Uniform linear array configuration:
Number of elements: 24
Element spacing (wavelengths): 0.25
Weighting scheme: exponential
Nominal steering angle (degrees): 0
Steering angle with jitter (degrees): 1.548
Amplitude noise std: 0.05
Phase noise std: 0.05

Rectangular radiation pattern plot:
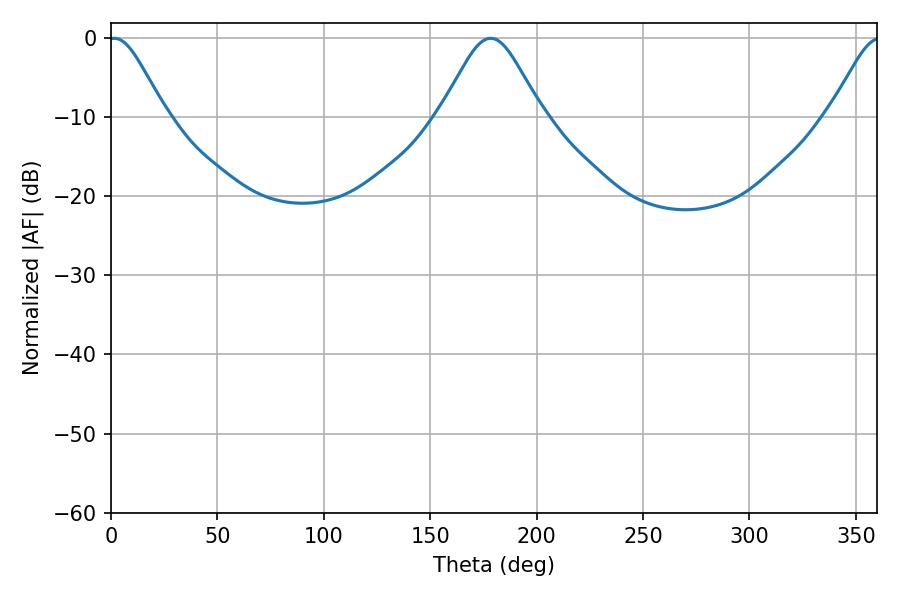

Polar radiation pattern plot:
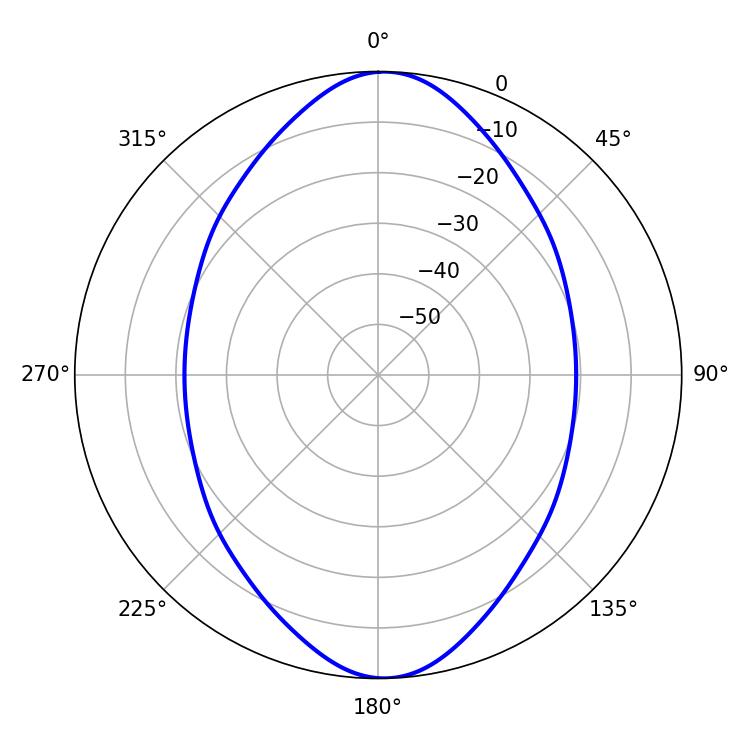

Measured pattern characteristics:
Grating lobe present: FALSE
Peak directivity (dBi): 18.873
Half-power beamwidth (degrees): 13.32
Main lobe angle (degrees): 1.62